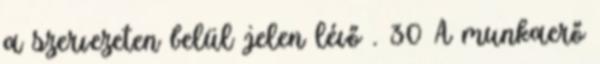
a szervezeten belül jelen lévő . 30 A munkaerő